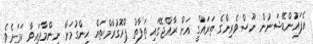
އެފައުންޑޭޝަނުން ނޫސްވެރިންގެ ތަރައްގީ އަށް ރާއްޖޭގައި ތަފާތު ޕްރޮގުރާމްތައް ހިންގުމަށް ނިންމާފައިވާ ކަމަށެވެ.